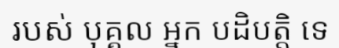
របស់ បុគ្គល អ្នក បដិបត្តិ ទេ